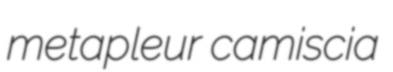
metapleur camiscia